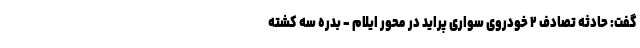
گفت: حادثه تصادف ۲ خودروی سواری پراید در محور ایلام - بدره سه کشته